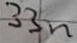
Text: 33n